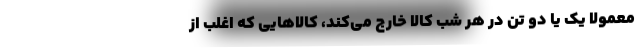
معمولا يك يا دو تن در هر شب كالا خارج مي‌كند، كالاهايي كه اغلب از